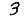
Digit: 3